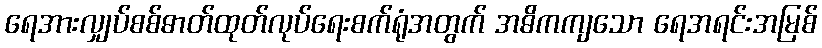
ရေအားလျှပ်စစ်ဓာတ်ထုတ်လုပ်ရေးစက်ရုံအတွက် အဓိကကျသော ရေအရင်းအမြစ်